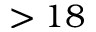
> 1 8